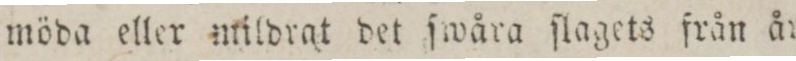
möda eller mildrat det ſwåra ſlagets från år